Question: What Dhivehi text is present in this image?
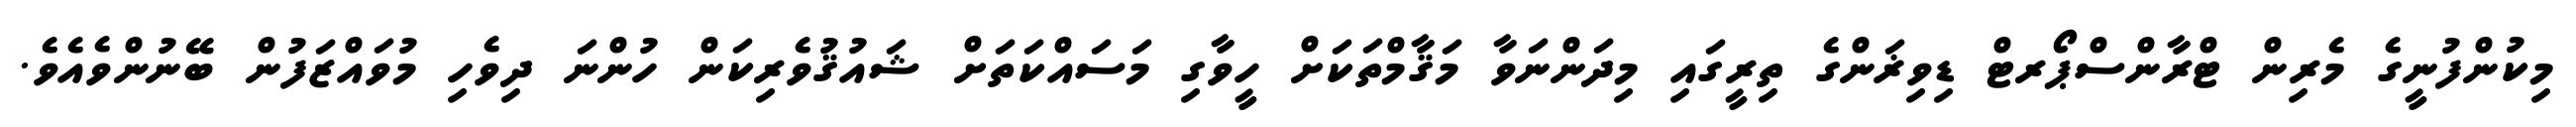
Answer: މިކުންފުނީގެ މެރިން ޓްރާންސްޕޯރޓް ޑިވިޜަންގެ ތިރީގައި މިދަންނަވާ މަޤާމްތަކަށް ހީވާގި މަސައްކަތަށް ޝައުޤުވެރިކަން ހުންނަ ދިވެހި މުވައްޒަފުން ބޭނުންވެއެވެ.